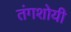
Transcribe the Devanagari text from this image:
तंगशोयी